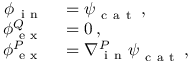
\begin{array} { r l } { \boldsymbol \phi { } _ { \mathrm { ~ i ~ n ~ } } ^ { } } & { { } = \boldsymbol \psi _ { \mathrm { ~ c ~ a ~ t ~ } } \, , } \\ { \boldsymbol \phi { } _ { \mathrm { ~ e ~ x ~ } } ^ { Q } } & { { } = \boldsymbol 0 \, , } \\ { \boldsymbol \phi { } _ { \mathrm { ~ e ~ x ~ } } ^ { P } } & { { } = \nabla { } _ { \mathrm { ~ i ~ n ~ } } ^ { P } \boldsymbol \psi _ { \mathrm { ~ c ~ a ~ t ~ } } \, , } \end{array}